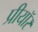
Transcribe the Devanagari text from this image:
प्रीयॉर